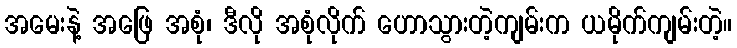
အမေးနဲ့ အဖြေ အစုံ၊ ဒီလို အစုံလိုက် ဟောသွားတဲ့ကျမ်းက ယမိုက်ကျမ်းတဲ့။